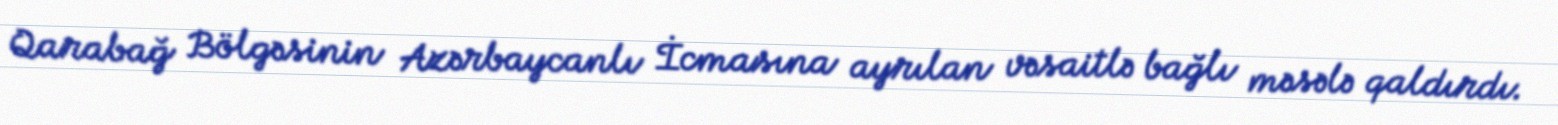
Qarabağ Bölgəsinin Azərbaycanlı İcmasına ayrılan vəsaitlə bağlı məsələ qaldırdı.